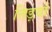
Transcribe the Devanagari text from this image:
तिड़वों